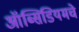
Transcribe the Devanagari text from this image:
ऑब्सिडियमचे